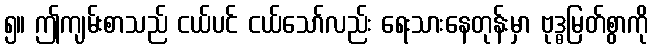
၅။ ဤကျမ်းစာသည် ငယ်ပင် ငယ်သော်လည်း ရေးသားနေတုန်းမှာ ဗုဒ္ဓမြတ်စွာကို